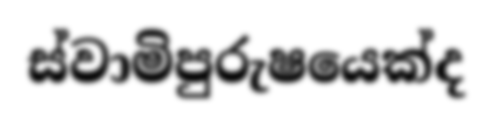
ස්වාමිපුරුෂයෙක්ද